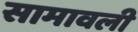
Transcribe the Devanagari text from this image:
सामावली